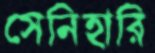
সেনিহারি